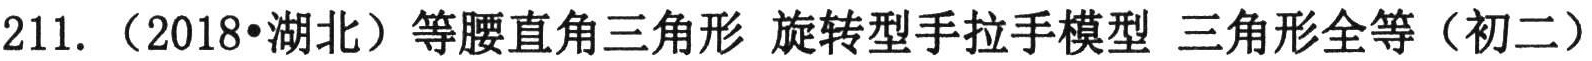
211. （2018•湖北）等腰直角三角形 旋转型手拉手模型 三角形全等（初二）